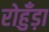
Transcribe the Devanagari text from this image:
रोहुँड़ा